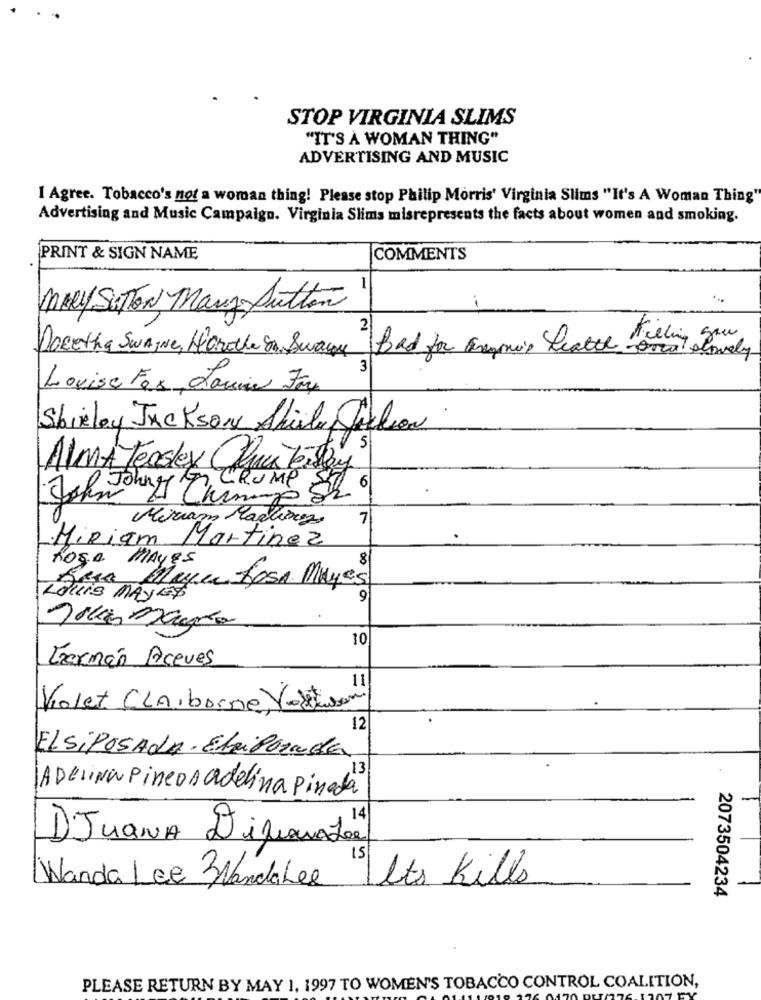
STOP VIRGINIA SLIMS
"IT'S A WOMAN THING"
ADVERTISING AND MUSIC
I Agree. Tobacco's not a woman thing! Please stop Philip Morris' Virginia Slims "It's A Woman Thing'
Advertising and Music Campaign. Virginia Slims misrepresents the facts about women and smoking.
PRINT & SIGN NAME
COMMENTS
1
MARY SuTTEN Many Sutton
Docetha SwagNe, Horole In Swawe Bad for anyoneis Death Filling you
3
Louise Fox Jan
Shirley JACKSON Shirley Jackson
5
ALMA Teasley QPun Teestoy
CRUMP 82 6
Johng Chimie
7
Miriam Martinez
Miriam Martinez
Rose MAYEs
yen fosa Muyes
LOUIS MAYED
9
10
Germán Aceves
Violet Claiborne Vastusom
12
ELSiPOSADA - ElaiPorada
ADELINA PineDA adelina Pineda
)JuanA Dijoux 21
Wanda Lee 3VandaLee Its Kills
2073504234
PLEASE RETURN BY MAY 1, 1997 TO WOMEN'S TOBACCO CONTROL COALITION,